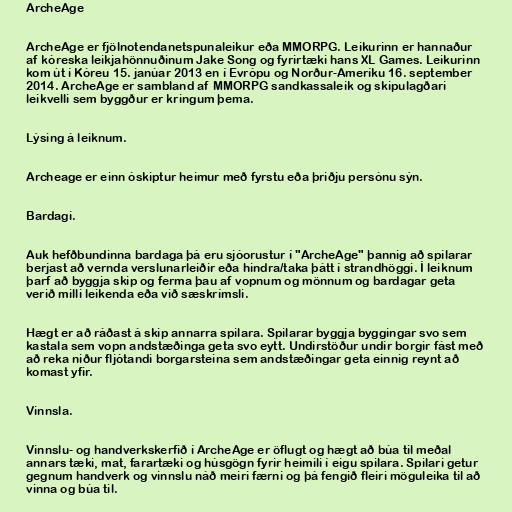
ArcheAge

ArcheAge er fjölnotendanetspunaleikur eða MMORPG. Leikurinn er hannaður
af kóreska leikjahönnuðinum Jake Song og fyrirtæki hans XL Games. Leikurinn
kom út í Kóreu 15. janúar 2013 en í Evrópu og Norður-Ameríku 16. september
2014. ArcheAge er sambland af MMORPG sandkassaleik og skipulagðari
leikvelli sem byggður er kringum þema.

Lýsing á leiknum.

Archeage er einn óskiptur heimur með fyrstu eða þriðju persónu sýn.

Bardagi.

Auk hefðbundinna bardaga þá eru sjóorustur í "ArcheAge" þannig að spilarar
berjast að vernda verslunarleiðir eða hindra/taka þátt í strandhöggi. Í leiknum
þarf að byggja skip og ferma þau af vopnum og mönnum og bardagar geta
verið milli leikenda eða við sæskrímsli.

Hægt er að ráðast á skip annarra spilara. Spilarar byggja byggingar svo sem
kastala sem vopn andstæðinga geta svo eytt. Undirstöður undir borgir fást með
að reka niður fljótandi borgarsteina sem andstæðingar geta einnig reynt að
komast yfir.

Vinnsla.

Vinnslu- og handverkskerfið í ArcheAge er öflugt og hægt að búa til meðal
annars tæki, mat, farartæki og húsgögn fyrir heimili í eigu spilara. Spilari getur
gegnum handverk og vinnslu náð meiri færni og þá fengið fleiri möguleika til að
vinna og búa til.